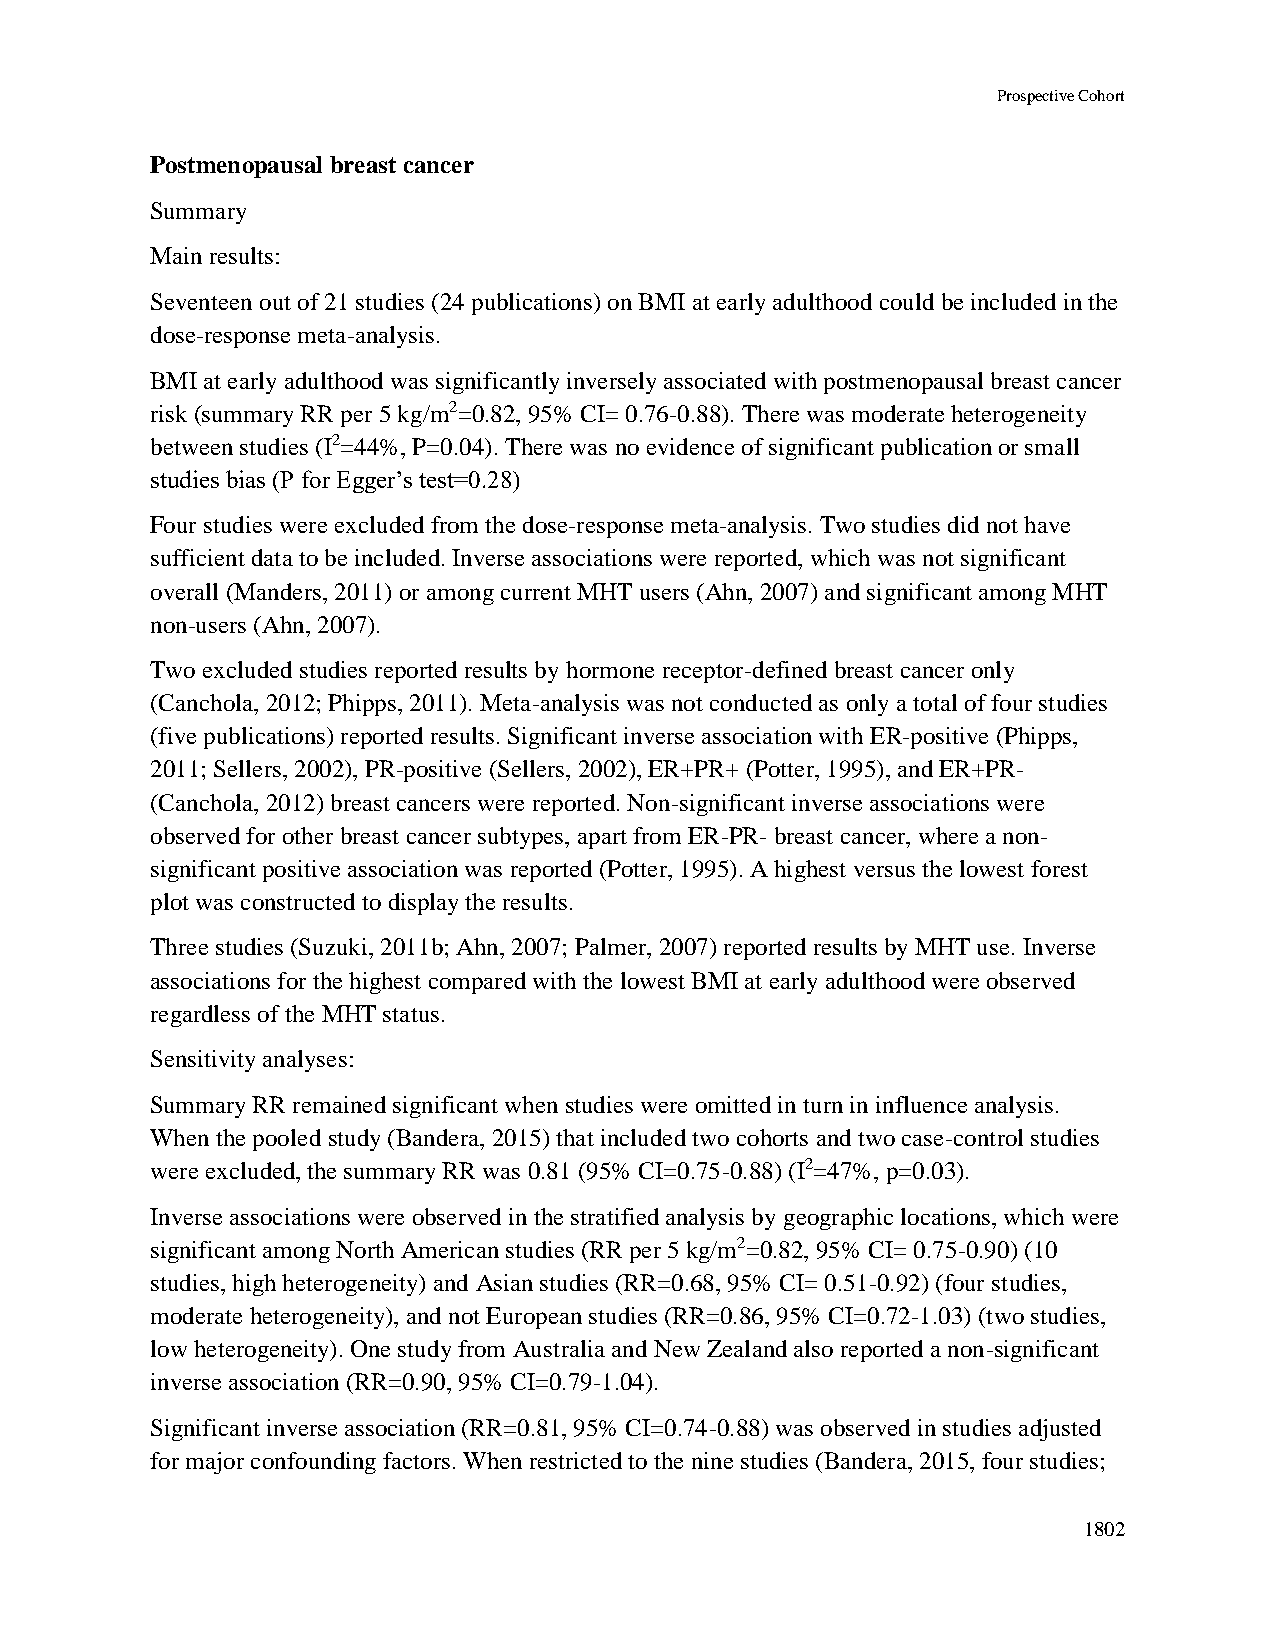
Prospective Cohort
 Postmenopausal breast cancer
 Summary
 Main results:
 Seventeen out of 21 studies (24 publications) on BMI at early adulthood could be included in the
 dose-response meta-analysis.
 BMI at early adulthood was significantly inversely associated with postmenopausal breast cancer
 risk (summary RR per 5 kg/m2=0.82, 95% CI= 0.76-0.88). There was moderate heterogeneity
 between studies (I2=44%, P=0.04). There was no evidence of significant publication or small
 studies bias (P for Egger’s test=0.28)
 Four studies were excluded from the dose-response meta-analysis. Two studies did not have
 sufficient data to be included. Inverse associations were reported, which was not significant
 overall (Manders, 2011) or among current MHT users (Ahn, 2007) and significant among MHT
 non-users (Ahn, 2007).
 Two excluded studies reported results by hormone receptor-defined breast cancer only
 (Canchola, 2012; Phipps, 2011). Meta-analysis was not conducted as only a total of four studies
 (five publications) reported results. Significant inverse association with ER-positive (Phipps,
 2011; Sellers, 2002), PR-positive (Sellers, 2002), ER+PR+ (Potter, 1995), and ER+PR-
 (Canchola, 2012) breast cancers were reported. Non-significant inverse associations were
 observed for other breast cancer subtypes, apart from ER-PR- breast cancer, where a non-
 significant positive association was reported (Potter, 1995). A highest versus the lowest forest
 plot was constructed to display the results.
 Three studies (Suzuki, 2011b; Ahn, 2007; Palmer, 2007) reported results by MHT use. Inverse
 associations for the highest compared with the lowest BMI at early adulthood were observed
 regardless of the MHT status.
 Sensitivity analyses:
 Summary RR remained significant when studies were omitted in turn in influence analysis.
 When the pooled study (Bandera, 2015) that included two cohorts and two case-control studies
 were excluded, the summary RR was 0.81 (95% CI=0.75-0.88) (I2=47%, p=0.03).
 Inverse associations were observed in the stratified analysis by geographic locations, which were
 significant among North American studies (RR per 5 kg/m2=0.82, 95% CI= 0.75-0.90) (10
 studies, high heterogeneity) and Asian studies (RR=0.68, 95% CI= 0.51-0.92) (four studies,
 moderate heterogeneity), and not European studies (RR=0.86, 95% CI=0.72-1.03) (two studies,
 low heterogeneity). One study from Australia and New Zealand also reported a non-significant
 inverse association (RR=0.90, 95% CI=0.79-1.04).
 Significant inverse association (RR=0.81, 95% CI=0.74-0.88) was observed in studies adjusted
 for major confounding factors. When restricted to the nine studies (Bandera, 2015, four studies;
 1802